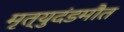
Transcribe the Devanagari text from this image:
मृत्युदंडमौत